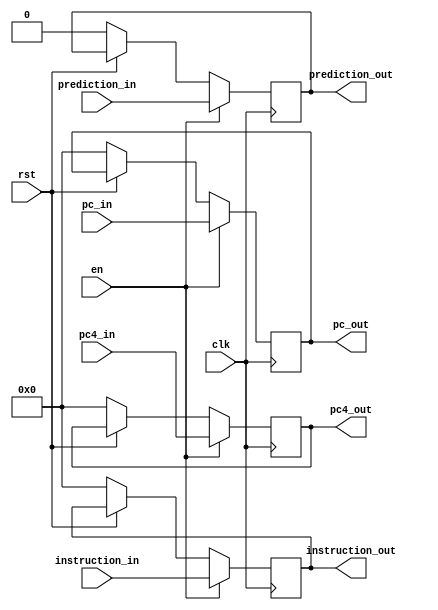
module register_IFID(
	output reg [31:0] pc4_out,
	output reg [31:0] pc_out,
	output reg [31:0] instruction_out,
	output reg prediction_out,
	input [31:0] pc4_in,
	input [31:0] pc_in,
	input [31:0] instruction_in,
	input prediction_in,
	input clk,
	input rst,
	input en);

always@(posedge clk)begin
	if (en == 1) begin
		pc4_out <= pc4_in;
		pc_out <= pc_in;
		instruction_out <= instruction_in;
		prediction_out <= prediction_in;
	end
	else if(rst == 0) begin
		pc4_out = 0;
		pc_out = 0;
		instruction_out = 0;
		prediction_out = 0;
	end
end
endmodule